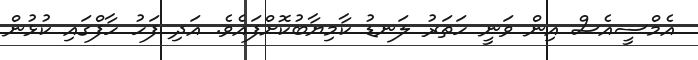
އެމްސީއެސް އިން ވަނީ ހަތަރު ލަނޑު ކާމިޔާބުކޮށްފައެވެ. އަދި ފަހު ހާފްގައި ކުޅުން